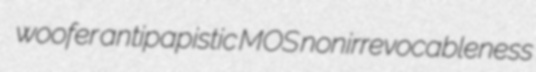
woofer antipapistic MOS nonirrevocableness